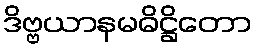
ဒိဗ္ဗယာနမဓိဋ္ဌိတော